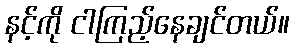
နင့်ကို ငါကြည့်နေချင်တယ်။